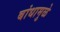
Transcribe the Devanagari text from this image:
बांधामुळे